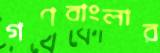
গণবাংলার